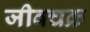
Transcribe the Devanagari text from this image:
जीवचक्र